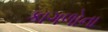
કાગળોના